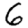
Digit: 6